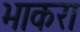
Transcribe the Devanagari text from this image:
भाकरा